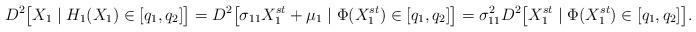
LaTeX: \begin{align*}D^2\big[X_1 \mid H_{1}(X_1) \in [q_1,q_2]\big] = D^2\big[\sigma_{11} X_1^{st} + \mu_1 \mid \Phi (X_1^{st}) \in [q_1,q_2] \big]= \sigma_{11}^2 D^2\big[X_1^{st} \mid \Phi (X_1^{st}) \in [q_1,q_2]\big].\end{align*}